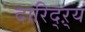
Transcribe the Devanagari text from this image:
दारिद्ऱ्यं